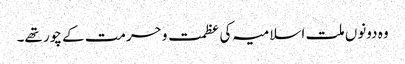
وہ دونوں ملت اسلامیہ کی عظمت و حرمت کے چور تھے۔